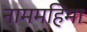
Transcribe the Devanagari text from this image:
नाममहिमा